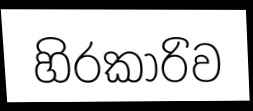
හිරකාරිව